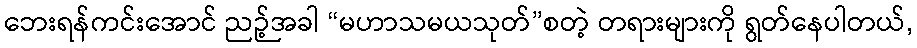
ဘေးရန်ကင်းအောင် ညဉ့်အခါ “မဟာသမယသုတ်”စတဲ့ တရားများကို ရွတ်နေပါတယ်,